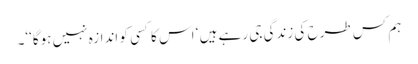
ہم کس طرح کی زندگی جی رہے ہیں ‘ اس کا کسی کو اندازہ نہیں ہوگا‘‘۔